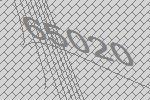
65020